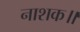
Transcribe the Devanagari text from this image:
नाशक॥